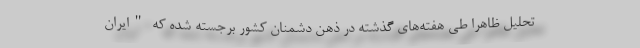
تحلیل ظاهرا طی هفته‌های گذشته در ذهن دشمنان کشور برجسته شده که "ایران